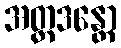
အတ္တဒန္တော